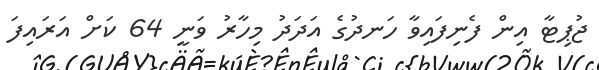
ޖުޕިޓާ އިން ފެނިފައިވާ ހަނދުގެ އަދަދު މިހާރު ވަނީ 64 ކަށް އަރައިފަ